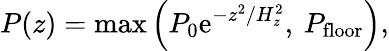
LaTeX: P(z)=\mathrm{max}\left(P_{0}\mathrm{e}^{-z^{2}/H_{z}^{2}},\: P_{\mathrm{floor}}\right),